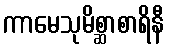
ကာမေသုမိစ္ဆာစာရိနီ